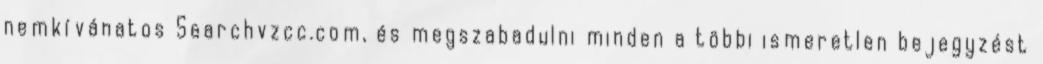
nemkívánatos Searchvzcc.com, és megszabadulni minden a többi ismeretlen bejegyzést